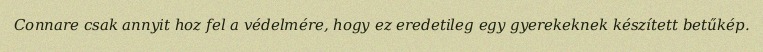
Connare csak annyit hoz fel a védelmére, hogy ez eredetileg egy gyerekeknek készített betűkép.